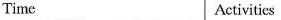
Time Activities